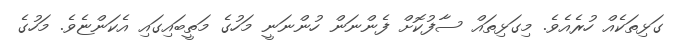
ގަޅިތަކެއް ހުރެއެވެ. މިގަޅިތައް ސާފުކޮށް ފެންނަން ހުންނަނީ މަހުގެ މަތީބައިގައި އެކަންޏެވެ. މަހުގެ